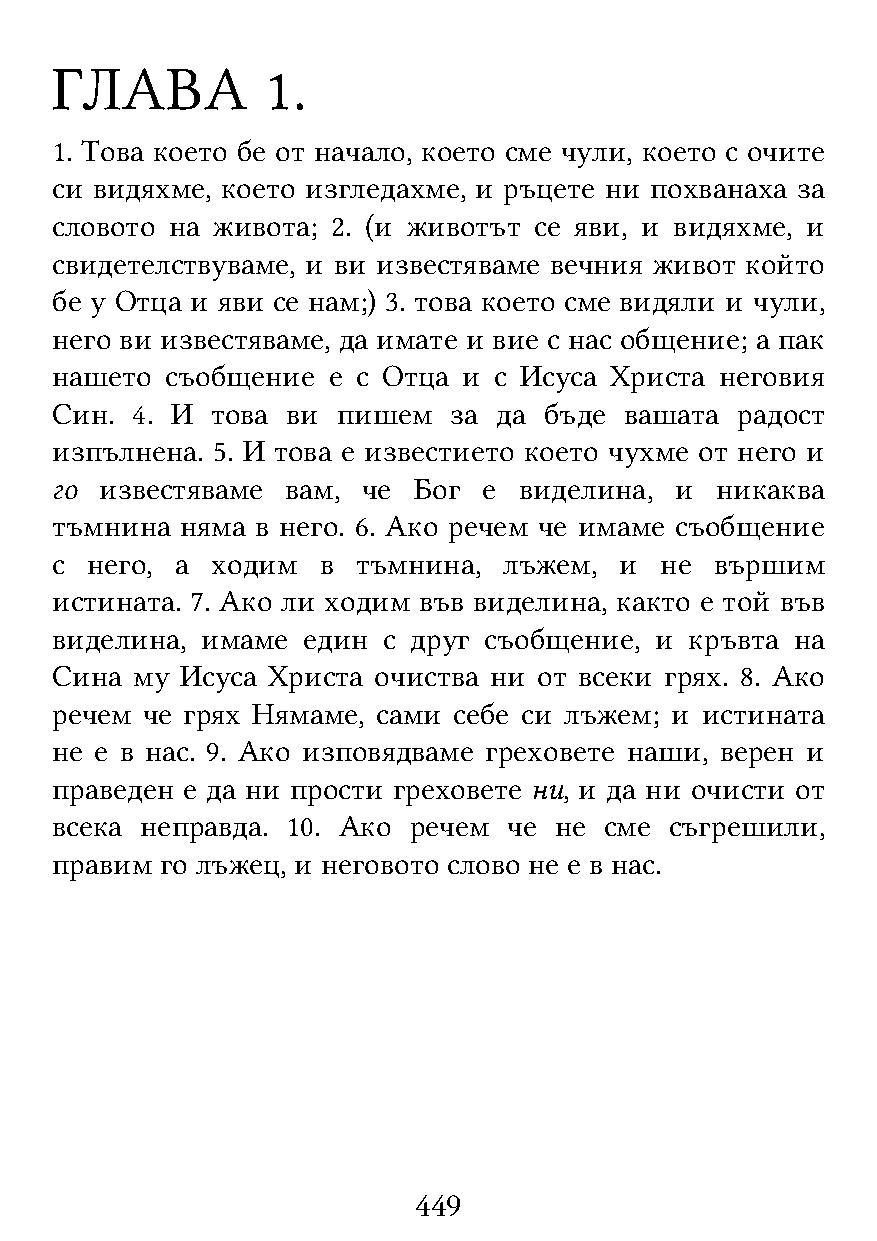
ГЛАВА          1.
 1. Това което бе от начало, което сме чули, което с очите
 си видяхме, което изгледахме, и ръцете ни похванаха за
 словото на живота; 2. (и животът се яви, и видяхме, и
 свидетелствуваме, и ви известяваме вечния живот който
 бе у Отца и яви се нам;) 3. това което сме видяли и чули,
 него ви известяваме, да имате и вие с нас общение; а пак
 нашето  съобщение  е с Отца и с Исуса Христа неговия
 Син.  4. И това ви пишем   за да бъде вашата  радост
 изпълнена. 5. И това е известието което чухме от него и
 го  известяваме вам, че Бог  е виделина,  и никаква
 тъмнина  няма в него. 6. Ако речем че имаме съобщение
 с  него, а ходим  в  тъмнина, лъжем,  и  не вършим
 истината. 7. Ако ли ходим във виделина, както е той във
 виделина, имаме  един с друг съобщение, и  кръвта на
 Сина  му Исуса Христа очиства ни от всеки грях. 8. Ако
 речем че грях Нямаме, сами себе си лъжем; и истината
 не е в нас. 9. Ако изповядваме греховете наши, верен и
 праведен е да ни прости греховете ни, и да ни очисти от
 всека неправда. 10. Ако речем  че не сме съгрешили,
 правим  го лъжец, и неговото слово не е в нас.
 449